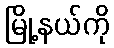
မြို့နယ်ကို